Vaccination in Burma 1889-1999 - 1889-1999
Year: 1889
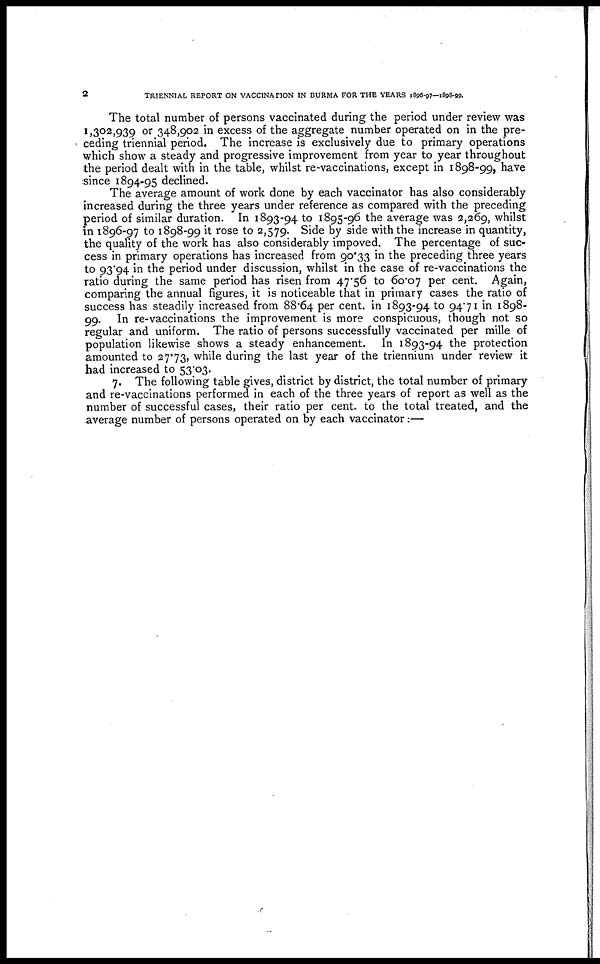
2
TRIENNIAL REPORT ON VACCINATION IN BURMA FOR THE YEARS 1896-97—1898-99.
The total number of persons vaccinated during the period under review was
1,302,939 or 348,902 in excess of the aggregate number operated on in the pre-
ceding triennial period. The increase is exclusively due to primary operations
which show a steady and progressive improvement from year to year throughout
the period dealt with in the table, whilst re-vaccinations, except in 1898-99, have
since 1894-95 declined.
The average amount of work done by each vaccinator has also considerably
increased during the three years under reference as compared with the preceding
period of similar duration. In 1893-94 to 1895-96 the average was 2,269, whilst
in 1896-97 to 1898-99 it rose to 2,579. Side by side with the increase in quantity,
the quality of the work has also considerably impoved. The percentage of suc-
cess in primary operations has increased from 90.33 in the preceding three years
to 93.94 in the period under discussion, whilst in the case of re-vaccinations the
ratio during the same period has risen from 47.56 to 60.07 per cent. Again,
comparing the annual figures, it is noticeable that in primary cases the ratio of
success has steadily increased from 88.64 per cent. in 1893-94 to 94.71 in 1898-
99. In re-vaccinations the improvement is more conspicuous, though not so
regular and uniform. The ratio of persons successfully vaccinated per mille of
population likewise shows a steady enhancement. In 1893-94 the protection
amounted to 27.73, while during the last year of the triennium under review it
had increased to 53.03.
7. The following table gives, district by district, the total number of primary
and re-vaccinations performed in each of the three years of report as well as the
number of successful cases, their ratio per cent. to the total treated, and the
average number of persons operated on by each vaccinator:—